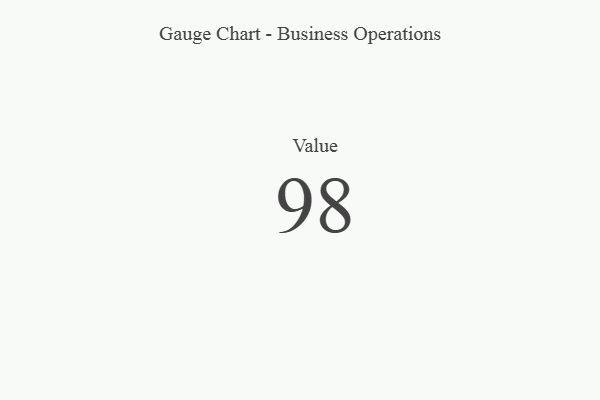
{"axis": {"x": "Metric", "y": "Value"}, "legend": [""], "data": [{"x": "Value", "y": 98, "type": ""}]}